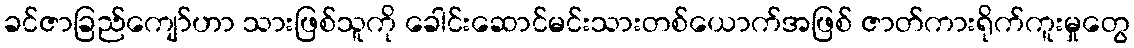
ခင်ဇာခြည်ကျော်ဟာ သားဖြစ်သူကို ခေါင်းဆောင်မင်းသားတစ်ယောက်အဖြစ် ဇာတ်ကားရိုက်ကူးမှုတွေ